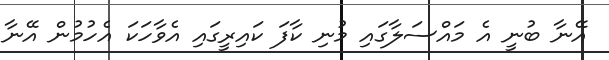
އޭނާ ބުނީ އެ މައްސަލާގައި މުނި ކާފަ ކައިރީގައި އެވާހަކަ އެހުމުން އޭނާ